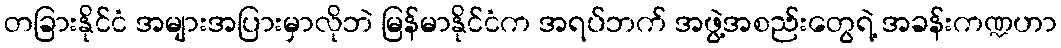
တခြားနိုင်ငံ အများအပြားမှာလိုဘဲ မြန်မာနိုင်ငံက အရပ်ဘက် အဖွဲ့အစည်းတွေရဲ့ အခန်းကဏ္ဍဟာ